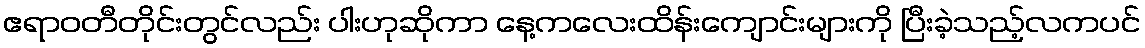
ဧရာဝတီတိုင်းတွင်လည်း ပါးဟုဆိုကာ နေ့ကလေးထိန်းကျောင်းများကို ပြီးခဲ့သည့်လကပင်